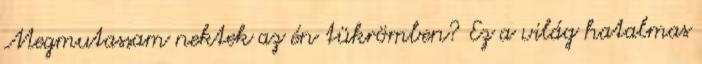
Megmutassam nektek az én tükrömben? Ez a világ hatalmas